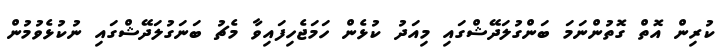
ކުރިން އޮތް ގޮތުންނަމަ ބަންގުލަދޭޝްގައި މިއަދު ކުޅެން ހަމަޖެހިފައިވާ މެޗު ބަނަގުލަދޭޝްގައި ނުކުޅެވުމުން